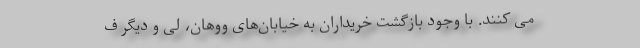
می کنند. با وجود بازگشت خریداران به خیابان‌های ووهان، لی و دیگر ف